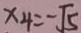
x _ { 4 } = - \sqrt { 5 }